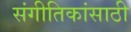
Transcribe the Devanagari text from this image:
संगीतिकांसाठी